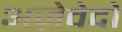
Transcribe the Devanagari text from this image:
अज़ेवेदो